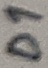
Text: D1